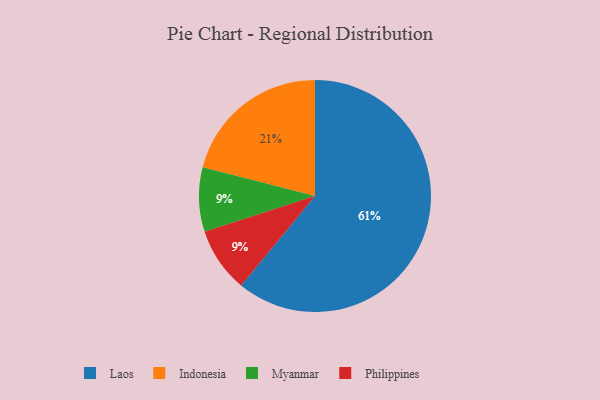
{"axis": {"x": "Category", "y": "Percentage"}, "legend": ["Indonesia", "Laos", "Myanmar", "Philippines"], "data": [{"x": "Myanmar", "y": 9, "type": "Myanmar"}, {"x": "Philippines", "y": 9, "type": "Philippines"}, {"x": "Laos", "y": 61, "type": "Laos"}, {"x": "Indonesia", "y": 21, "type": "Indonesia"}]}